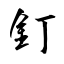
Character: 釘